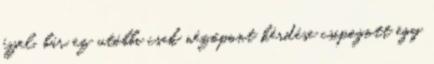
éjjel, bár ez utóbbi csak nézőpont kérdése csipogott egy